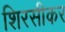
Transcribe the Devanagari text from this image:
शिरसीकर